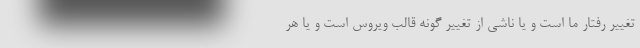
تغییر رفتار ما است و یا ناشی از تغییر گونه قالب ویروس است و یا هر